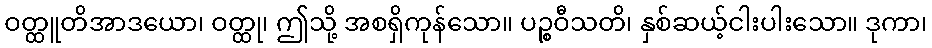
ဝတ္ထူတိအာဒယော၊ ဝတ္ထု၊ ဤသို့ အစရှိကုန်သော။ ပဉ္စဝီသတိ၊ နှစ်ဆယ့်ငါးပါးသော။ ဒုကာ၊